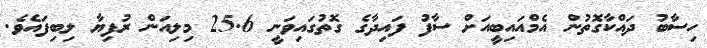
ހިސާބު ދައްކާގޮތުން އެމްއައިބީއަށް ސާފު ފައިދާގެ ގޮތުގައިވަނީ 25.6 މިލިއަން ރުފިޔާ ލިބިފައެވެ.